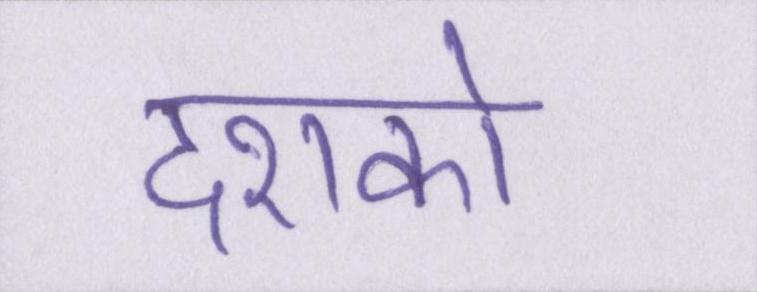
दशको